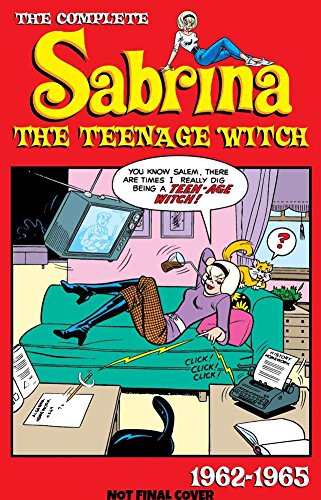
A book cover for The Complete Sabrina the Teenage Witch: 1962-1971 (Sabrina's Spellbook); Archie Superstars; Children's Books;